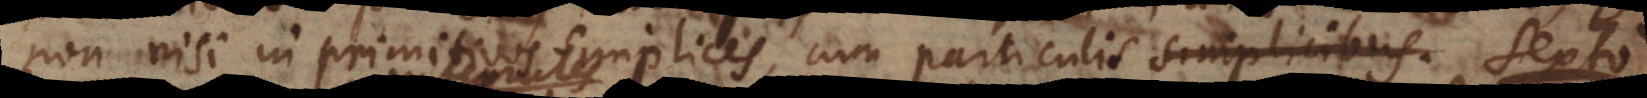
non nisi in primitivos simplices, cum particulis. S